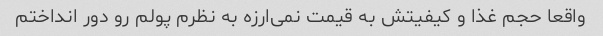
واقعا حجم غذا و کیفیتش به قیمت نمی‌ارزه به نظرم پولم رو دور انداختم